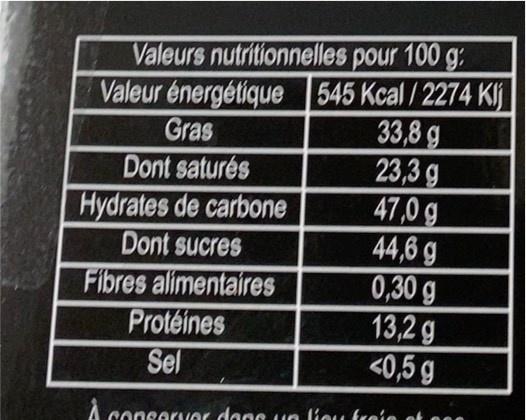
Valeurs nutritionnelles pour 100 g: Valeur énergétique 545 Kcal/2274 Klj 33,8 g 23,3 g 47,0g 44,6 g 0,30g 13,2g <0,5 g
Gras
Dont saturés Hydrates de carbone Dont sucres
Fibres alimentaires Protéines Sel
conserver dees ue lieu treie ot